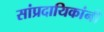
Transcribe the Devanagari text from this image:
सांप्रदायिकांनी